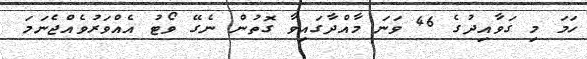
ހަމަ މި ގަވާއިދުގެ 46 ވަނަ މާއްދާގައިވާ ގޮތުން ނެގޭ ވޯޓު އެއްވަރުވެއްޖެނަމަ